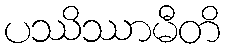
ပဿိဿာမီတိ